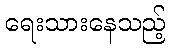
ရေးသားနေသည့်